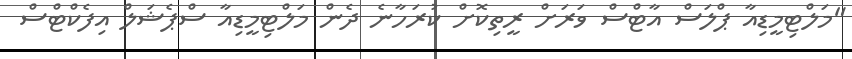
"މަލްޓިމީޑިއާ ޕްލަސް އާޓްސް ވަރަށް ރީތިކޮށް ކުރަހާނެ ދެން މަލްޓިމީޑިއާ ސްޕެޝަލް އިފެކްޓްސް